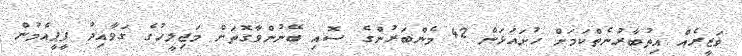
ވަޒީރެއް އިތުބާރުނެތްކަމަށް ހުށައަޅަން 42 މެންބަރުންގެ ސޮއި ބޭނުންވާގޮތަށް މަޖިލީހުގެ ގަވާއިދު ޕީޕީއެމުން